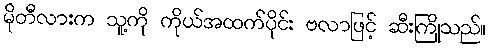
မိုတီလားက သူ့ကို ကိုယ်အထက်ပိုင်း ဗလာဖြင့် ဆီးကြိုသည်။